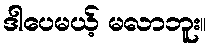
ဒါပေမယ့် မလာဘူး။